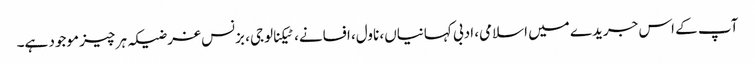
آپ کے اس جریدے میں اسلامی، ادبی کہانیاں، ناول، افسانے، ٹیکنالوجی، بزنس غرضیکہ ہر چیز موجود ہے۔